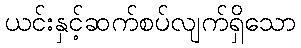
ယင်းနှင့်ဆက်စပ်လျက်ရှိသော